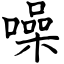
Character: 噪